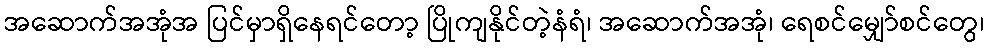
အဆောက်အအုံအ ပြင်မှာရှိနေရင်တော့ ပြိုကျနိုင်တဲ့နံရံ၊ အဆောက်အအုံ၊ ရေစင်မျှော်စင်တွေ၊